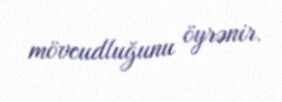
mövcudluğunu öyrənir.